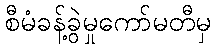
စီမံခန့်ခွဲမှုကော်မတီမှ